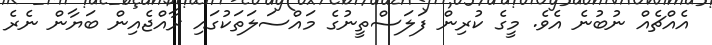
އެއްޗެއް ނުބުނެ އެވެ. މީގެ ކުރިން ފަލަސްތީނުގެ މައްސަލަތަކުގައި ރާއްޖެއިން ބަޔާން ނެރެ